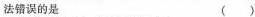
法错误的是 ()